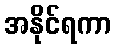
အနိုင်ရကာ